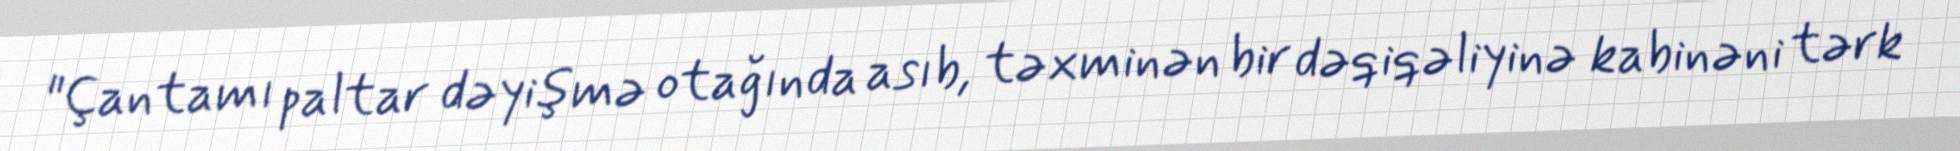
"Çantamı paltar dəyişmə otağında asıb, təxminən bir dəqiqəliyinə kabinəni tərk